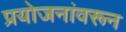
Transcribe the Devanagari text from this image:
प्रयोजनांवरून